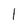
Character: 1